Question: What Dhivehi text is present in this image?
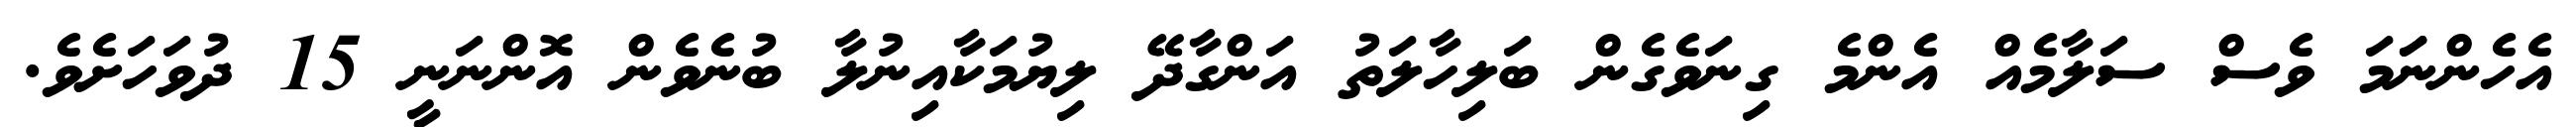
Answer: އެހެންނަަމަ ވެސް ސަލާމެއް އެންމެ ގިނަވެގެން ބަލިހާލަތު އަންގާދޭ ލިޔުމަކާއިނުލާ ބުނެވެން އޮންނަނީ 15 ދުވަހަށެވެ.